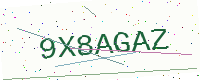
Text: 9X8AGAZ